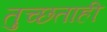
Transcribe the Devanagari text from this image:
तुच्छताही